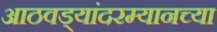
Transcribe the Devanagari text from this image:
आठवड्यांदरम्यानच्या